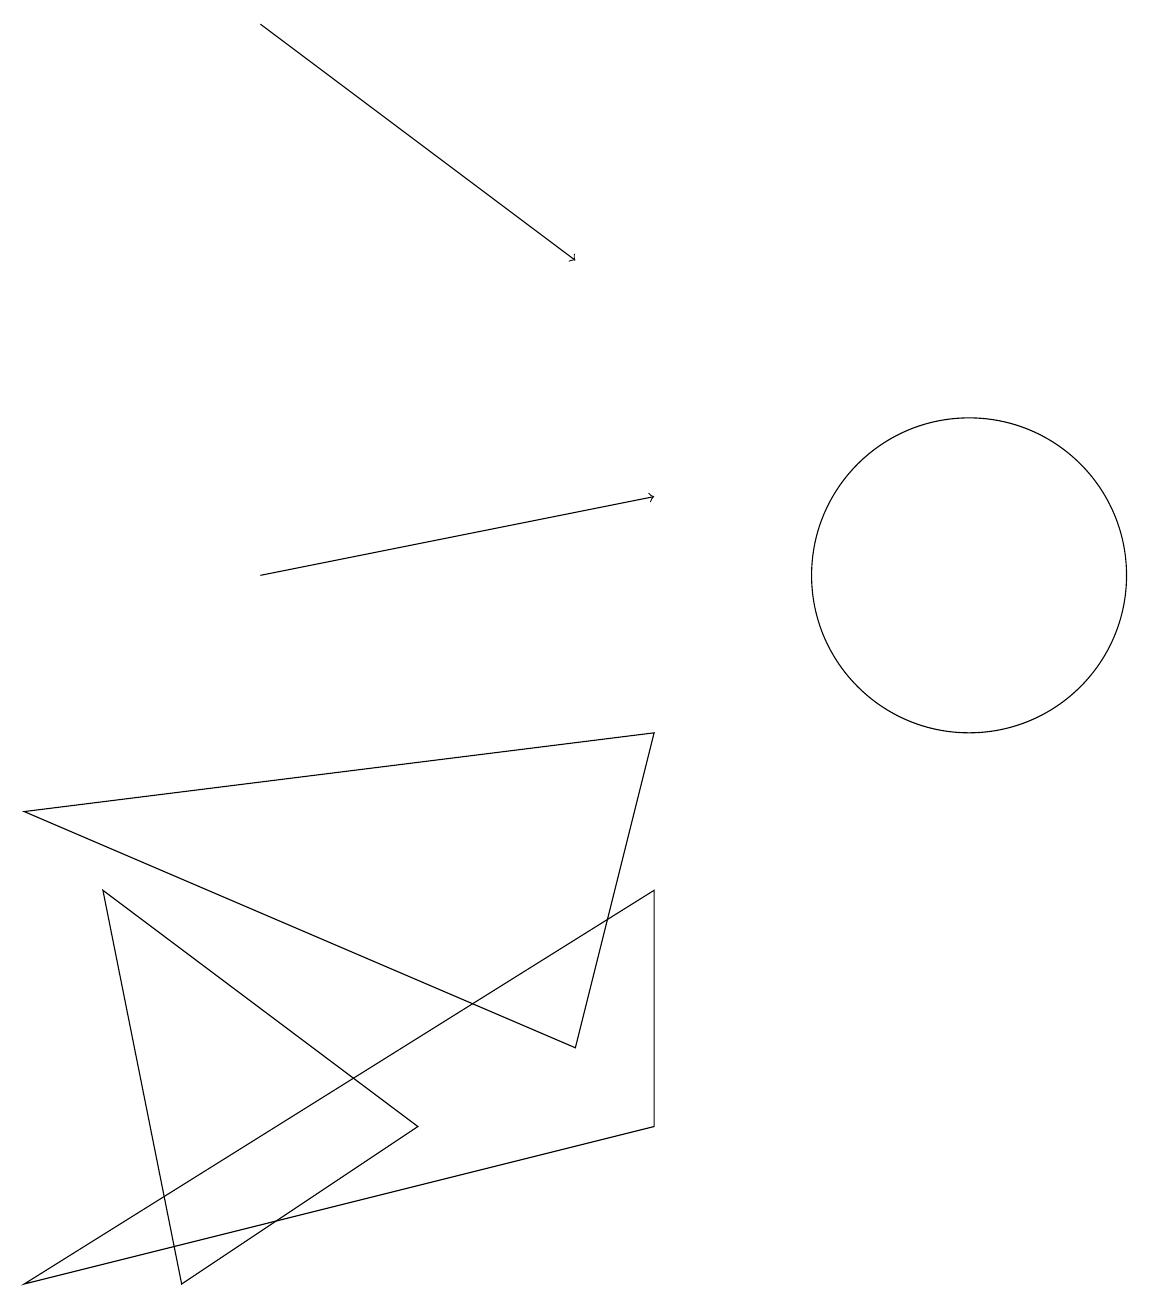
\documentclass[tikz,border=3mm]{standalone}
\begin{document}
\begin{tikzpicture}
\draw (12,10) circle (0);
\draw[->] (3,17) -- (7,14);
\draw (1,6) -- (5,3) -- (2,1) -- cycle;
\draw (12,10) circle (2);
\draw (8,8) -- (7,4) -- (0,7) -- cycle;
\draw[->] (3,10) -- (8,11);
\draw (8,6) -- (0,1) -- (8,3) -- cycle;
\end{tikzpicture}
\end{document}